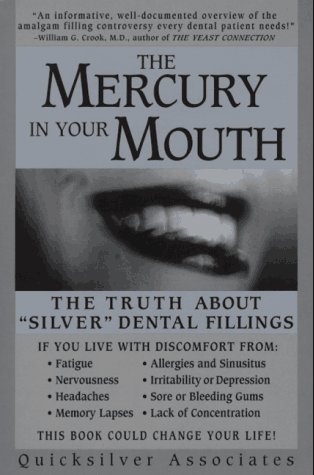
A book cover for The Mercury in Your Mouth: The Truth About "Silver" Dental Fillings; Quicksilver Associates; Medical Books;